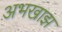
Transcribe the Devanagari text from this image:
अभखाझ